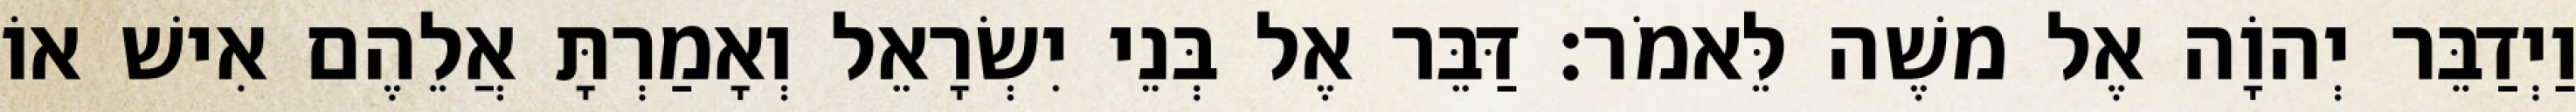
וַיְדַבֵּר יְהוָֹה אֶל משֶׁה לֵּאמֹר׃ דַּבֵּר אֶל בְּנֵי יִשְׂרָאֵל וְאָמַרְתָּ אֲלֵהֶם אִישׁ אוֹ